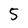
Character: 5